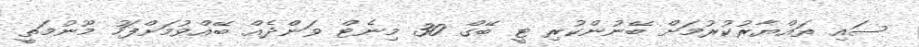
ސައި ތައްޔާރުކުރުމަށް ބޭނުންކުރި ޓީ ބޭގް 30 މިނެޓް ވަންދެއް ބޭއްވުމަށްފަހު މޫނުމަތީ